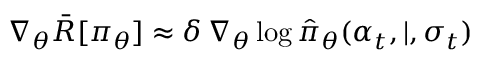
{ \nabla } _ { \boldsymbol { \theta } } \bar { R } [ \pi _ { \boldsymbol { \theta } } ] \approx \delta \, \nabla _ { \boldsymbol { \theta } } \log \hat { \pi } _ { \boldsymbol { \theta } } ( \alpha _ { t } , \vert , \sigma _ { t } )